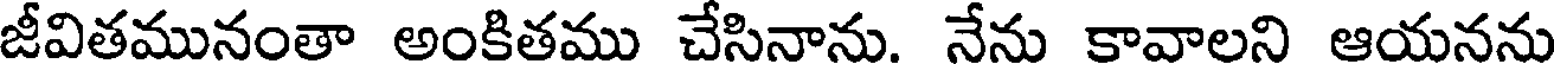
జీవితమునంతా అంకితము చేసినాను. నేను కావాలని ఆయనను